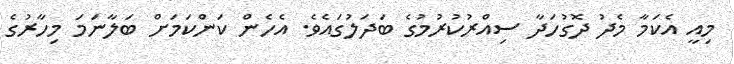
މިއީ އެކަމާ މެދު ދޮގުހަދާ ސިއްރުކުރުމުގެ ބަދަލުގައެވެ. އެހެން ކަންކަމަށް ބަލާނަމަ މިހާރުގެ